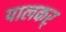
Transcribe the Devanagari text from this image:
पालकर्